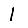
Digit: 1